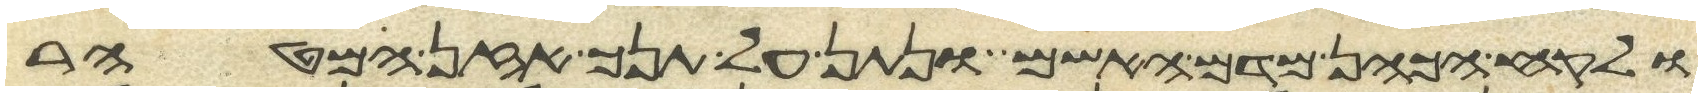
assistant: ולקח הכהן מדם האשם ונתן על תנך אזן המטהר